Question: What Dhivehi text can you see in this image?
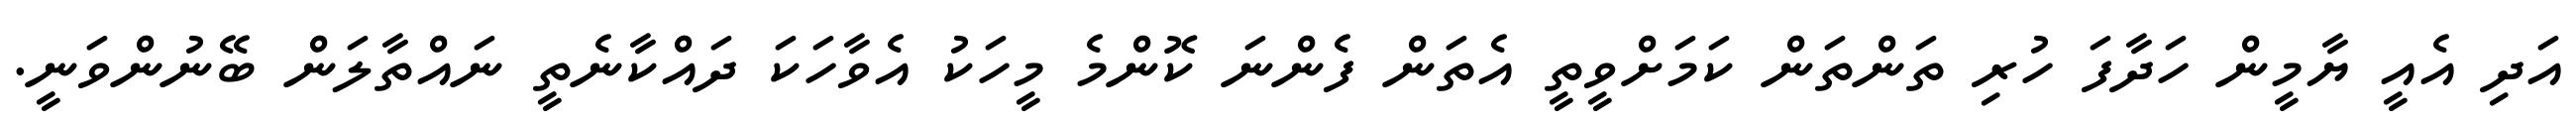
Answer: އަދި އެއީ ޔާމީން ހަދާފަ ހުރި ތަންތަން ކަމަށްވީތީ އެތަން ފެންނަ ކޮންމެ މީހަކު އެވާހަކަ ދައްކާނެތީ ނައްތާލަން ބޭނުންވަނީ.